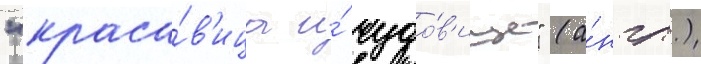
"краса́в'ица и́ чудо́в'ище" (а́нгл.)